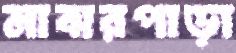
মাঝরপাড়া